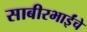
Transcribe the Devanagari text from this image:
साबीरभाईंचे